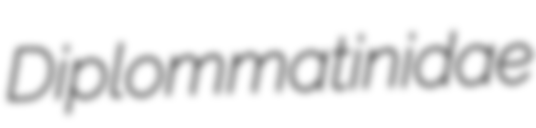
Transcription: Diplommatinidae